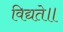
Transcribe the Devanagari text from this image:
विद्यते॥